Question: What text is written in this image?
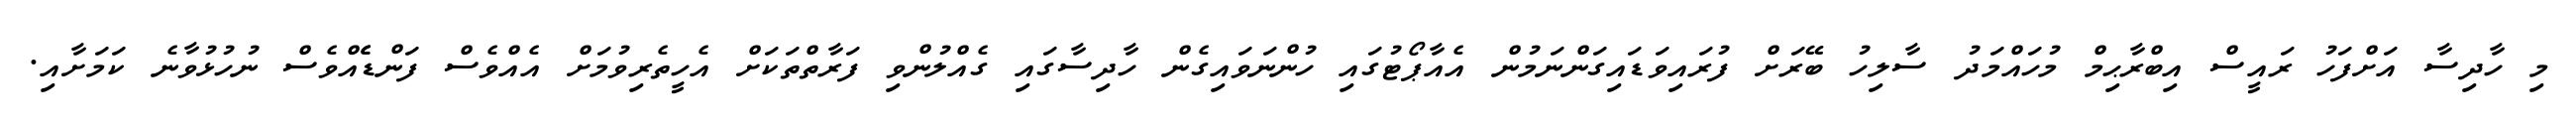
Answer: މި ހާދިސާ އަށްފަހު ރައީސް އިބްރާޙިމް މުހައްމަދު ސާލިހު ބޭރަށް ފުރައިވަޑައިގަންނަމުން އެއާޕޯޓުގައި ހުންނަވައިގެން ހާދިސާގައި ގެއްލުންވި ފަރާތްތަކަށް އެހީތެރިވުމަށް އެއްވެސް ފަންޑެެއްވެސް ނުހުޅުވާނެ ކަމަށާއި.